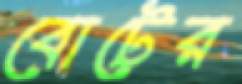
বোটের